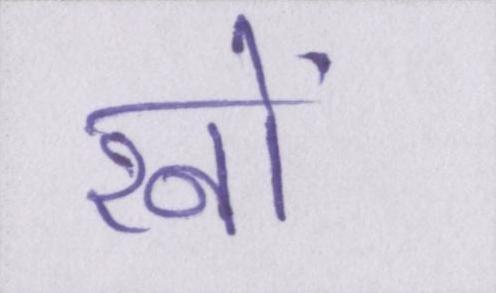
रनों